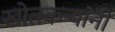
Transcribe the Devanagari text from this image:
खोतकर्‍यांनी